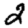
Digit: 2